Lunatic asylums United Provinces 1909-1921 - 1909-1921
Year: 1909
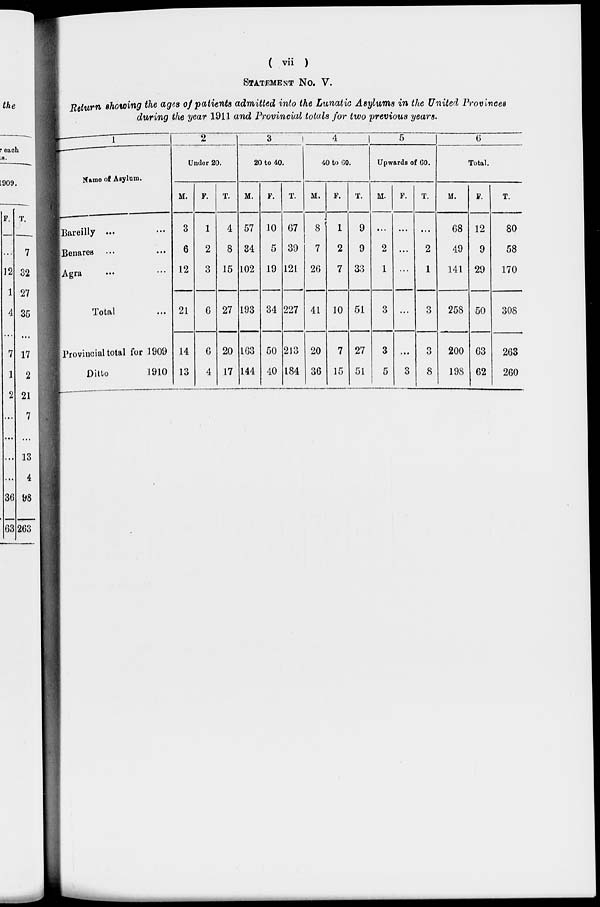
( vii )
STATEMENT NO. V.
Return showing the ages of patients admitted into the Lunatic Asylums in the United Provinces
during the year 1911 and Provincial totals for two previous years.
1
Name of Asylum.
Bareilly ... ...
Benares ... ...
Agra ... ...
Total ...
Provincial total for 1909
Ditto
1910
2
Under 20.
M.
3
6
12
21
14
13
F.
1
2
3
6
6
4
T.
4
8
15
27
20
17
3
20 to 40.
M.
57
34
102
193
163
144
F.
10
5
19
34
50
40
T.
67
39
121
227
213
184
4
40 to 60.
M.
8
7
26
41
20
36
F.
1
2
7
10
7
15
T.
9
9
33
51
27
51
5
Upwards of 60.
M.
...
2
1
3
3
5
F.
...
...
...
...
...
3
T.
...
2
1
3
3
8
6
Total.
M.
68
49
141
258
200
198
F.
12
9
29
50
63
62
T.
80
58
170
308
263
260